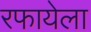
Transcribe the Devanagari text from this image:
रफायेला